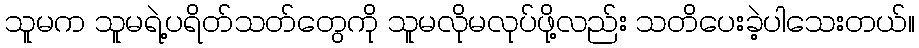
သူမက သူမရဲ့ပရိတ်သတ်တွေကို သူမလိုမလုပ်ဖို့လည်း သတိပေးခဲ့ပါသေးတယ်။